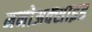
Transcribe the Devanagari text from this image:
मनोअक्‍साइड